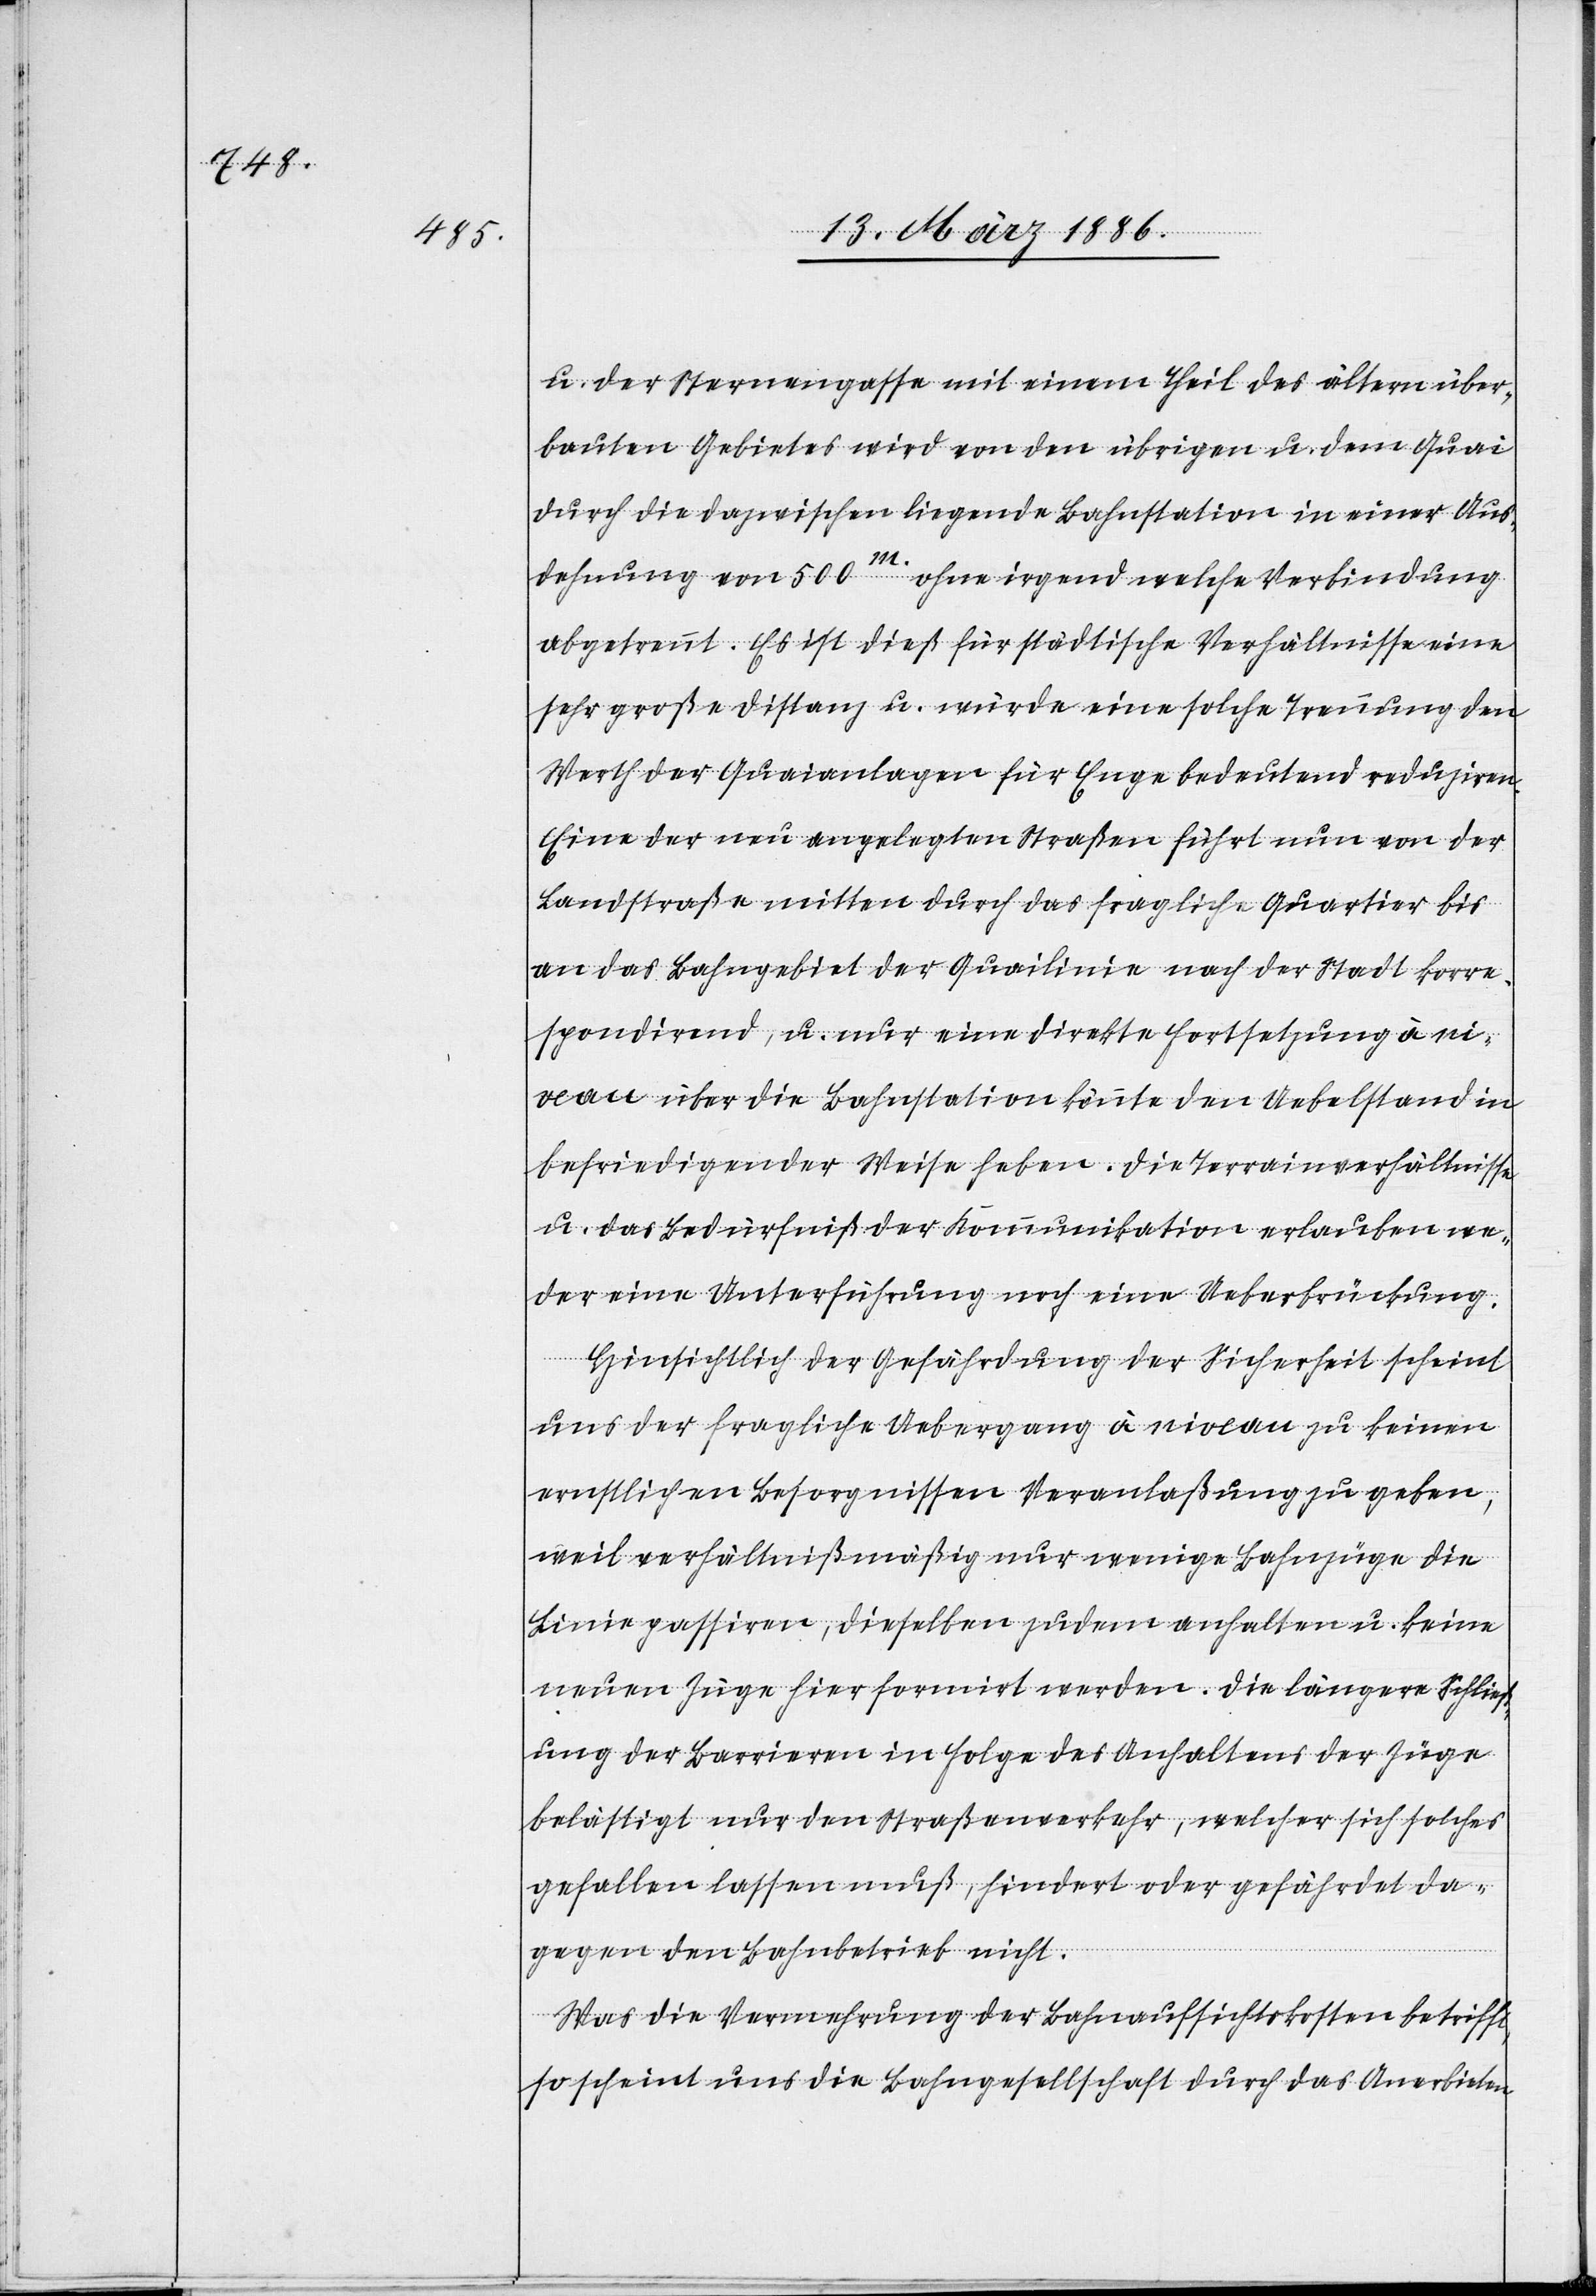
u. der Sternengasse mit einem Theil des ältern über¬
bauten Gebietes wird von den übrigen u. dem Quai
durch die dazwischen liegende Bahnstation in einer Aus¬
dehnung von 500m. ohne irgend welche Verdingung
abgetrennt. Es ist dieß für städtische Verhältnisse eine
sehr große Distanz u. würde eine solche Trennung den
Werth der Quaianlagen für Enge bedeutend reduziren.
Eine der neu angelegten Straßen führt nun von der
Landstraße mitten durch das fragliche Quartier bis
an das Bahngebiet der Quailinie nach der Stadt korre¬
spondirend, u. nur eine direkte Fortsetzung à ni¬
veau über die Bahnstation könnte den Uebelstand in
befriedigender Weise heben. Die Terrainverhältnisse
u. das Bedürfniß der Kommunikation erlauben we¬
der eine Unterführung noch eine Ueberbrückung.
Hinsichtlich der Gefährdung der Sicherheit scheint
uns der fragliche Uebergang à niveau zu keinen
ernstlichen Besorgnissen Veranlaßung zu geben,
weil verhältnißmäßig nur wenige Bahnzüge die
Linie passiren, dieselben zudem anhalten u. keine
neuen Züge hier formirt werden. Die längere Schließ¬
ung der Barrieren in Folge des Anhaltens der Züge
belästigt nur den Straßenverkehr, welcher sich solches
gefallen lassen muß, hindert oder gefährdet da¬
gegen den Bahnbetrieb nicht.
Was die Vermehrung der Bahnaufsichtskosten betrifft,
so scheint uns die Bahngesellschaft durch das Anerbieten